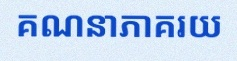
គណនាភាគរយ